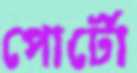
পোর্টো